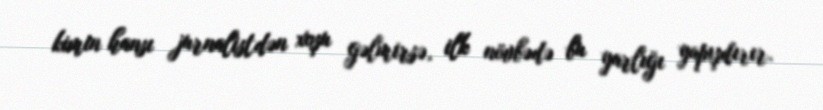
kimin hansı jurnalistdən xoşu gəlmirsə, ilk növbədə bu yarlığı yapışdırır.